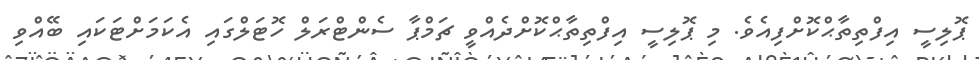
ޕޮލިސީ އިފްތިތާޙްކޮށްފިއެވެ. މި ޕޮލިސީ އިފްތިތާޙްކޮށްދެއްވީ ޗަމްޕާ ސެންޓްރަލް ހޮޓަލްގައި އެކަމަށްޓަކައި ބޭއްވި